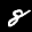
Label: 8